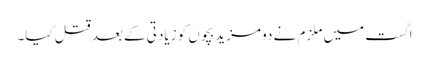
اگست میں ملزم نے دو مزید بچوں کو زیادتی کے بعد قتل کیا۔